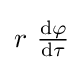
{\textstyle r\ {\frac {{\rm {d}}\varphi }{{\rm {d}}\tau }}}